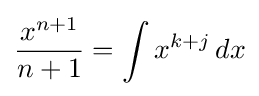
{\frac {x^{n+1}}{n+1}}=\int x^{k+j}\,dx